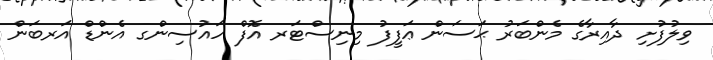
ވިލުފުށި ދާއިރާގެ މެންބަރު ޙަސަން ޢަފީފު މިނިސްޓަރ އޮފް ހައުސިންގ އެންޑް އަރބަން